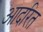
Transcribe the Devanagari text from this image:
आदरित